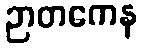
ဉာတကေန